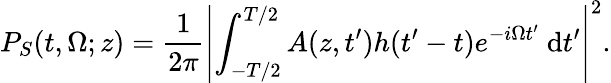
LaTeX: P_{S}(t,\Omega;z)=\frac{1}{2\pi}\left|\int_{-T/2}^{T/2}A(z,t^{\prime})h(t^{\prime}-t)e^{-i\Omega t^{\prime}}~\mathrm{d}t^{\prime}\right|^{2}.